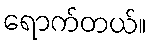
ရောက်တယ်။